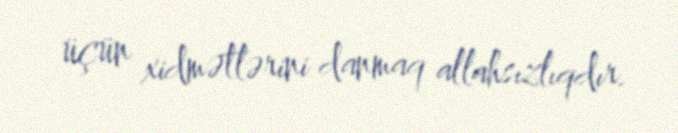
üçün xidmətlərini danmaq allahsızlıqdır.